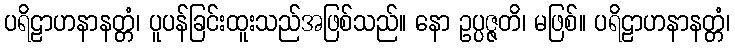
ပရိဠာဟနာနတ္တံ၊ ပူပန်ခြင်းထူးသည်အဖြစ်သည်။ နော ဥပ္ပဇ္ဇတိ၊ မဖြစ်။ ပရိဠာဟနာနတ္တံ၊